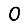
Digit: 0